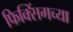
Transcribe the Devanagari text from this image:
फिक्सिंगच्या